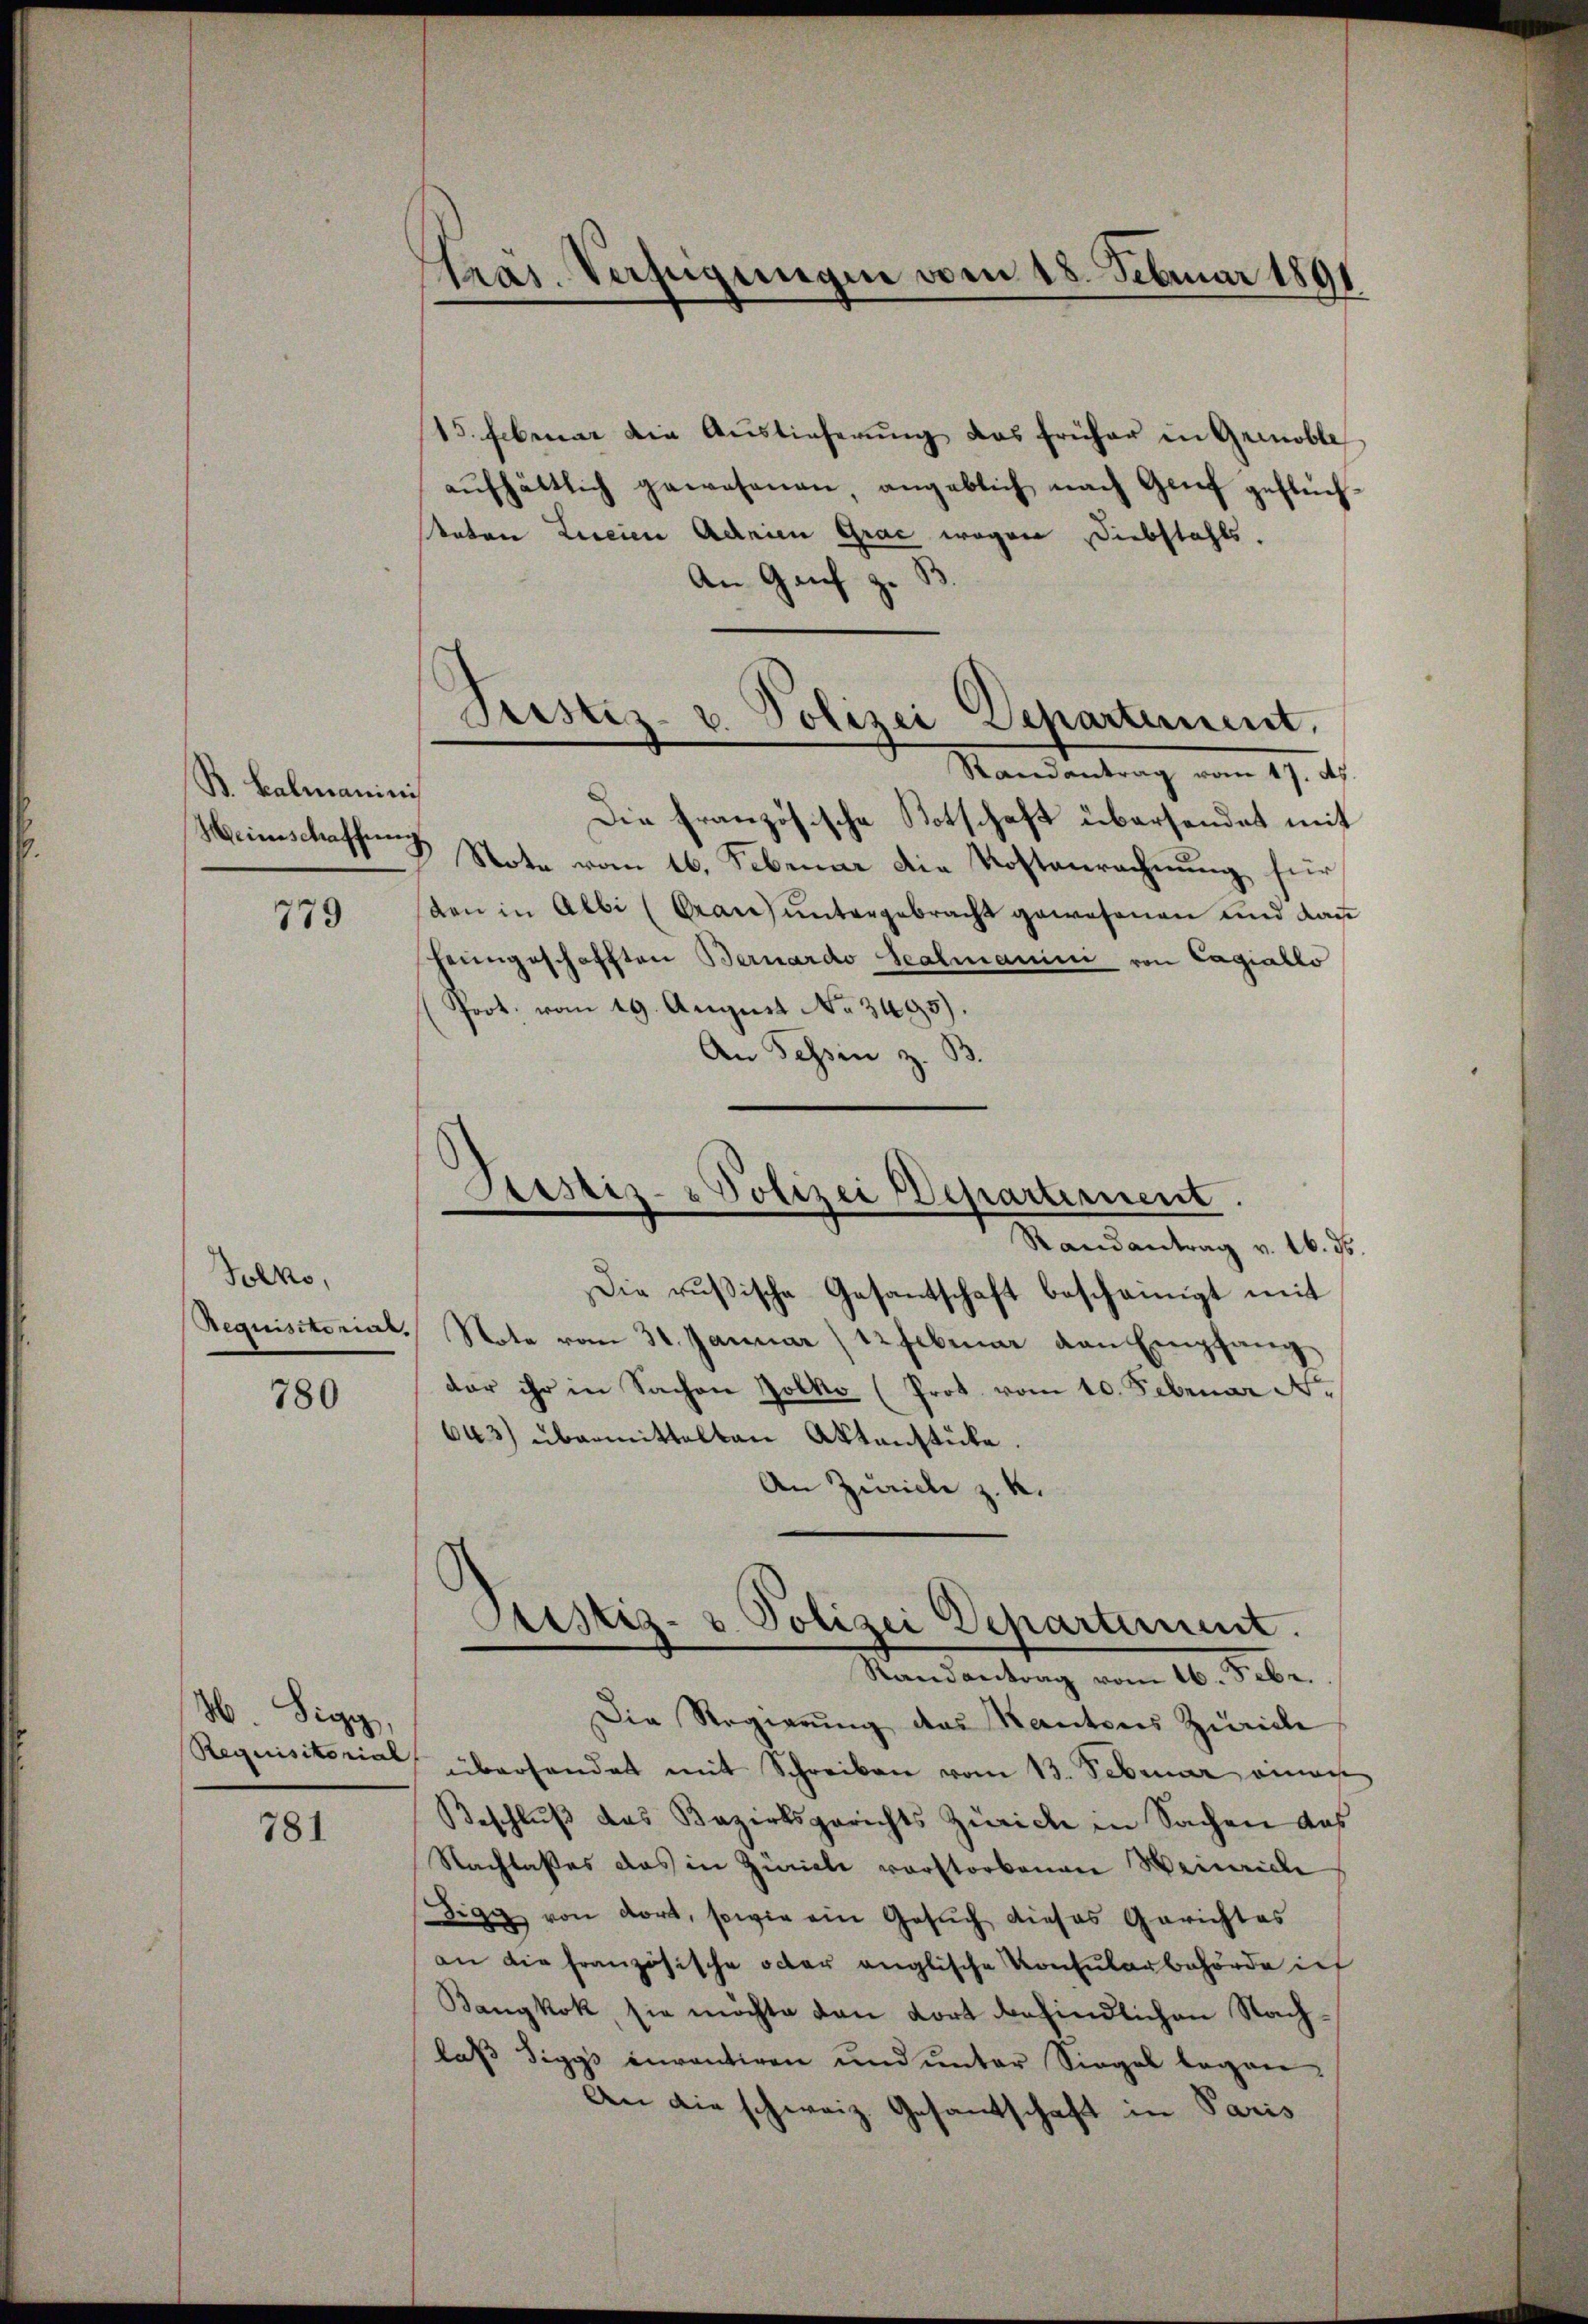
B. Balmanini
Weinschaffung

779

Solko,
Requisitorial.

780

Sigg,
Requisitorial

781

tras. Verfügungen vom 18. Februar 1891

15. Februar die Aŭstieferŭng das früher in Grinoble
aufhältlich gewesenen angeblich nach Genf geflüchtaten Licien Adrien Grac wegen Diebstahls.
An Genf z.
Randantrag vom 17. Ap
Die französische Totschaft übersendet mit
Note vom 16. Februar die Kostenrechnung für
den in Albi (Gran ŭntergebracht gewesenen und dan
Henngeschafften Bernardo Scalmanini von Cagiallo
(Prot. vom 19. August No. 3495).
An Tessin z. B.
Piustiz- & Polizei Departement.
Randantrag v. 16. ds.
Die rŭβische Gesantschaft bescheinigt mit
Note vom 31. Januar 12 Februar von Empfang
dar ihr in Sachen Botko (Prot. vom 10. Februar N.
643) übermittelten Aktenstücke.
An Zürich z. K.

Justiz- u. Polizei Departement.

Justiz- & Polizei Departement.
Randantrag vom 16. Febr.

Die Regierŭng das Kantons Zürich
überhandet mit Schreiben vom 13. Februar einen
Beschluß des Bezirksgerichts Zürich in Sachen das
Nachlaßes das in Züricli vorstorbenen Weinriche
Sigg von dort, sowie ein Gesuch dieses Gerichtes
an die französische oder anglische Konsularbehörde ich
Banykok, sie möchte den dort befindlichen Nachlaß Siggs inventiren und unter Siegel legen.
An die schweiz. Gesantschaft in Paris